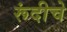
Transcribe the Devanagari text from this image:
रूंदीचे